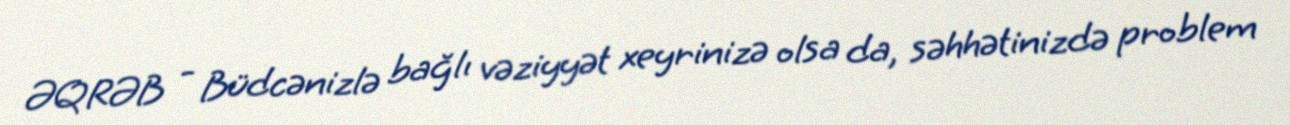
ƏQRƏB - Büdcənizlə bağlı vəziyyət xeyrinizə olsa da, səhhətinizdə problem